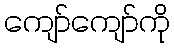
ကျော်ကျော်ကို